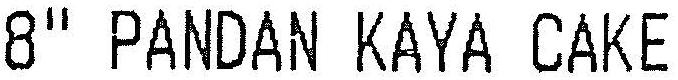
8" PANDAN KAYA CAKE